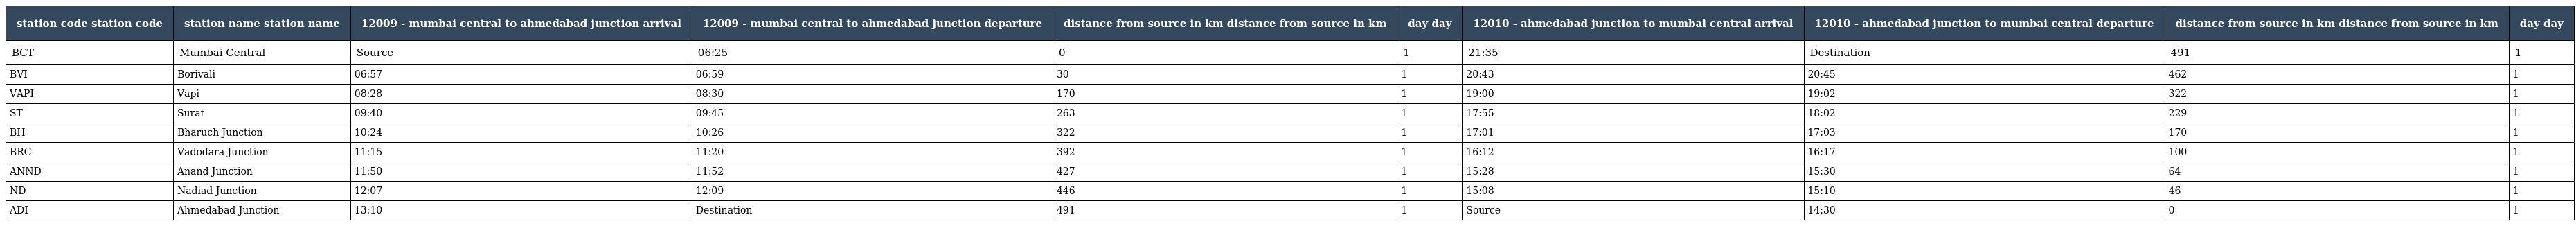
| station code station code | station name station name | 12009 - mumbai central to ahmedabad junction arrival | 12009 - mumbai central to ahmedabad junction departure | distance from source in km distance from source in km | day day | 12010 - ahmedabad junction to mumbai central arrival | 12010 - ahmedabad junction to mumbai central departure | distance from source in km distance from source in km | day day |
 | --- | --- | --- | --- | --- | --- | --- | --- | --- | --- |
 | BCT | Mumbai Central | Source | 06:25 | 0 | 1 | 21:35 | Destination | 491 | 1 |
 | BVI | Borivali | 06:57 | 06:59 | 30 | 1 | 20:43 | 20:45 | 462 | 1 |
 | VAPI | Vapi | 08:28 | 08:30 | 170 | 1 | 19:00 | 19:02 | 322 | 1 |
 | ST | Surat | 09:40 | 09:45 | 263 | 1 | 17:55 | 18:02 | 229 | 1 |
 | BH | Bharuch Junction | 10:24 | 10:26 | 322 | 1 | 17:01 | 17:03 | 170 | 1 |
 | BRC | Vadodara Junction | 11:15 | 11:20 | 392 | 1 | 16:12 | 16:17 | 100 | 1 |
 | ANND | Anand Junction | 11:50 | 11:52 | 427 | 1 | 15:28 | 15:30 | 64 | 1 |
 | ND | Nadiad Junction | 12:07 | 12:09 | 446 | 1 | 15:08 | 15:10 | 46 | 1 |
 | ADI | Ahmedabad Junction | 13:10 | Destination | 491 | 1 | Source | 14:30 | 0 | 1 |